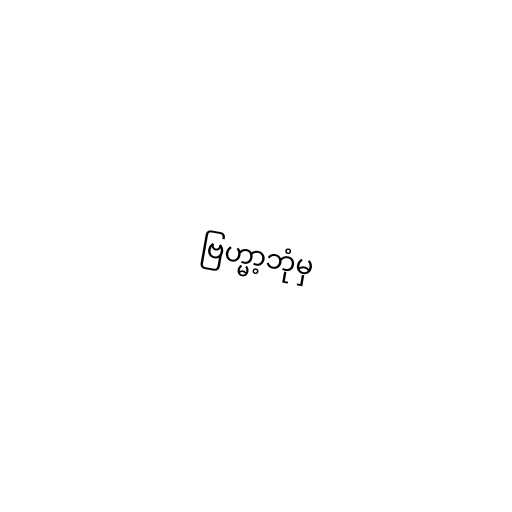
ဗြဟ္မာ့ဘုံမှ